Bulletin of the Pasteur Institute of Southern India, Coonoor - No. 1.
Year: 1908
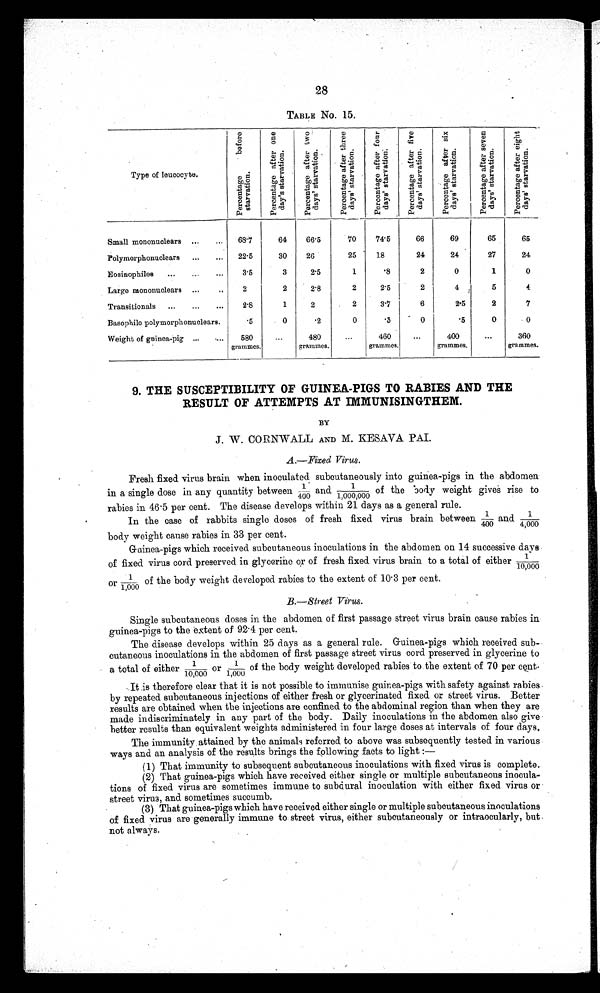
28
TABLE NO. 15.
T ype of leucocyte.
P e r c e n t a g e b e f o r e s t a r v a t i o n .
P e r c e n t a g e a f t e r o n e d a y ' s s t a r v a t i o n .
P e r c e n t a g e a f t e r t w o d a y ' s s t a r v a t i o n .
P e r c e n t a g e a f t e r t h r e e d a y ' s s t a r v a t i o n .
P e r c e n t a g e a f t e r f o u r d a y ' s s t a r v a t i o n
P e r c e n t a g e a f t e r f i v e d a y ' s s t a r v a t i o n .
P e r c e n t a g e a f t e r s i x d a y ' s s t a r v a t i o n .
P e r c e n t a g e a f t e r s e v e n d a y ' s s t a r v a t i o n .
P e r c e n t a g e a f t e r e i g h t d a y ' s s t a r v a t i o n
Small mononuclears ...
...
68. 7
64
66.5
70
74'5
66
69
65
65
Polymorphonuclears ...
...
22 . 5
30
20
25 .
18
24
24
27
24
Eosinophiles ...
...
3.5
3
2.5
1
'8
2
0
1
0
Large inononuclears ...
..
2
2
2'8
2
2'5 I
2
4
5
4
Transitionals ...
...
...
2.8
1
2
2
3.7
6
2.5
2
7
Basophilo polymorphonuclears.
*5
0
2
0
*5
-
0
.5
0
0
Weight of guinea-pig ..,
...,
580
grammes.
•..
480
grammes.
...
460
grammes.
.,,
400
grammes.
.,,
360
grammes.
9. THE SUSCEPTIBILITY OF GUINEA-PIGS TO RABIES AND THE
RESULT OF ATTEMPTS AT rMMUNISINGTHEM.
BY
J. W. CORNWALL AND M. KESAVA. PAl.
A.—Fixed Virus.
Fresh fixed virus brain when inoculated subcutaneously into guinea-pigs in the abdomen
in a single dose in any quantity between 1/400 and 1/1,000,000 of the body weight gives rise to
rabies in 46.5 per cent. The disease develops within 21 days as a general rule.
In the case of rabbits single doses of fresh fixed virus brain between 1/400 and1/4,000
body weight cause rabies in 33 per cent.
Guinea-pigs which received subcutaneous inoculations in the abdomen on 14 successive days
of fixed virus cord preserved in glycerine or of fresh fixed virus brain to a total of either 1
/10,000
or 1/1,000 of the body weight developed rabies to the extent of 10.3 per cent.
B.—Street Virus.
Single subcutaneous doses in the abdomen of first passage street virus brain cause rabies in.
guinea-pigs to the extent of 92.4 per cent.
The disease develops within 25 days as a general rule. Guinea-pigs which received sub-
cutaneous inoculations in the abdomen of first passage street virus cord preserved in glycerine to
a total of either 1/10,000 or 1/1,000 of the body weight developed rabies to the extent of 70 per cent.
It .is therefore clear that it is not possible to immunise guinea-pigs with safety against rabies
by repeated subcutaneous injections of either fresh or glycerinated fixed. or street virus. Better
results are obtained when the injections are confined to the abdominal region than when they are
made indiscriminately in any part of the body. Daily inoculations in the abdomen also give
better results than equivalent weights administered in four large doses at intervals of four days.
The immunity attained by the animals referred to above was subsequently tested in various
ways and an analysis of the results brings the following facts to light :
—
(1) That immunity to subsequent subcutaneous inoculations with fixed virus is complete.
(2) That guinea-pigs which have received either single or multiple subcutaneous inocula-
tions of fixed virus are sometimes immune to subdural inoculation with either fixed virus or
street virus, and sometimes succumb.
(3) That guinea-pigs which have received either single or multiple subcutaneous inoculations
of fixed virus are generally immune to street virus, either subcutaneously or intraocularly, but
not always,